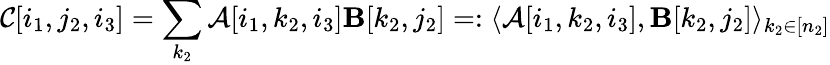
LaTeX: \mathcal{C}[i_{1},j_{2},i_{3}]=\sum_{k_{2}}\mathcal{A}[i_{1},k_{2},i_{3}]\mathbf{B}[k_{2},j_{2}]=:\langle\mathcal{A}[i_{1},k_{2},i_{3}],\mathbf{B}[k_{2},j_{2}]\rangle_{k_{2}\in[n_{2}]}